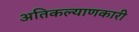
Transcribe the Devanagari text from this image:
अतिकल्याणकारी